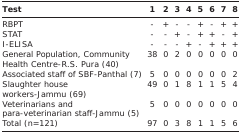
<table><thead><tr><td><b>Test</b></td><td><b>1</b></td><td><b>2</b></td><td><b>3</b></td><td><b>4</b></td><td><b>5</b></td><td><b>6</b></td><td><b>7</b></td><td><b>8</b></td></tr></thead><tbody><tr><td>RBPT</td><td>-</td><td>+</td><td>-</td><td>-</td><td>+</td><td>-</td><td>+</td><td>+</td></tr><tr><td>STAT</td><td>-</td><td>-</td><td>+</td><td>-</td><td>+</td><td>+</td><td>-</td><td>+</td></tr><tr><td>I-ELISA</td><td>-</td><td>-</td><td>-</td><td>+</td><td>-</td><td>+</td><td>+</td><td>+</td></tr><tr><td>General Population, Community Health Centre-R.S. Pura (40)</td><td>38</td><td>0</td><td>2</td><td>0</td><td>0</td><td>0</td><td>0</td><td>0</td></tr><tr><td>Associated staff of SBF-Panthal (7)</td><td>5</td><td>0</td><td>0</td><td>0</td><td>0</td><td>0</td><td>0</td><td>2</td></tr><tr><td>Slaughter house Workers-Jammu (69)</td><td>49</td><td>0</td><td>1</td><td>8</td><td>1</td><td>1</td><td>5</td><td>4</td></tr><tr><td>Veterinarians and para-veterinarian staff-Jammu (5)</td><td>5</td><td>0</td><td>0</td><td>0</td><td>0</td><td>0</td><td>0</td><td>0</td></tr><tr><td>Total (n=121)</td><td>97</td><td>0</td><td>3</td><td>8</td><td>1</td><td>1</td><td>5</td><td>6</td></tr></tbody></table>